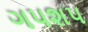
ગપશપ